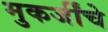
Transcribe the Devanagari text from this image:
मुकर्जींचे